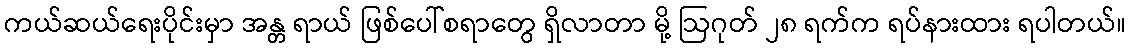
ကယ်ဆယ်ရေးပိုင်းမှာ အန္တ ရာယ် ဖြစ်ပေါ်စရာတွေ ရှိလာတာ မို့ ဩဂုတ် ၂၈ ရက်က ရပ်နားထား ရပါတယ်။